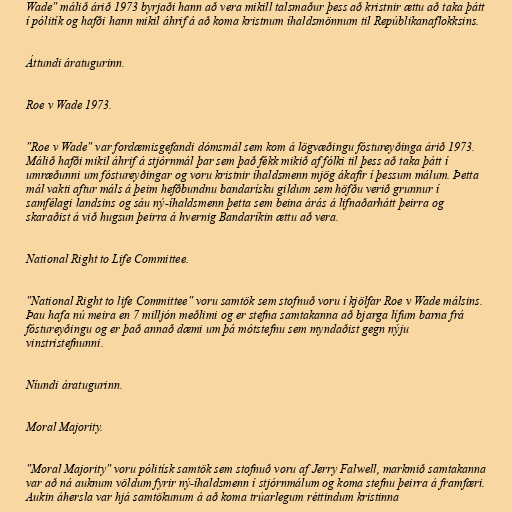
Wade" málið árið 1973 byrjaði hann að vera mikill talsmaður þess að kristnir ættu að taka þátt
í pólitík og hafði hann mikil áhrif á að koma kristnum íhaldsmönnum til Repúblikanaflokksins.

Áttundi áratugurinn.

Roe v Wade 1973.

"Roe v Wade" var fordæmisgefandi dómsmál sem kom á lögvæðingu fóstureyðinga árið 1973.
Málið hafði mikil áhrif á stjórnmál þar sem það fékk mikið af fólki til þess að taka þátt í
umræðunni um fóstureyðingar og voru kristnir íhaldsmenn mjög ákafir í þessum málum. Þetta
mál vakti aftur máls á þeim hefðbundnu bandarísku gildum sem höfðu verið grunnur í
samfélagi landsins og sáu ný-íhaldsmenn þetta sem beina árás á lifnaðarhátt þeirra og
skaraðist á við hugsun þeirra á hvernig Bandaríkin ættu að vera.

National Right to Life Committee.

"National Right to life Committee" voru samtök sem stofnuð voru í kjölfar Roe v Wade málsins.
Þau hafa nú meira en 7 milljón meðlimi og er stefna samtakanna að bjarga lífum barna frá
fóstureyðingu og er það annað dæmi um þá mótstefnu sem myndaðist gegn nýju
vinstristefnunni.

Níundi áratugurinn.

Moral Majority.

"Moral Majority" voru pólitísk samtök sem stofnuð voru af Jerry Falwell, markmið samtakanna
var að ná auknum völdum fyrir ný-íhaldsmenn í stjórnmálum og koma stefnu þeirra á framfæri.
Aukin áhersla var hjá samtökunum á að koma trúarlegum réttindum kristinna